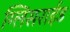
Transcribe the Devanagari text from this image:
ग्लिसराईड